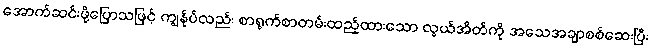
အောက်ဆင်းဖို့ပြောသဖြင့် ကျွန်ုပ်လည်း စာရွက်စာတမ်းထည့်ထားသော လွယ်အိတ်ကို အသေအချာစစ်ဆေးပြီး